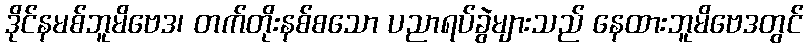
ဒိုင်နမစ်ဘူမိဗေဒ၊ တက်တိုးနစ်စသော ပညာရပ်ခွဲများသည် နေထားဘူမိဗေဒတွင်